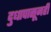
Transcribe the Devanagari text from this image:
दुधापासूनही